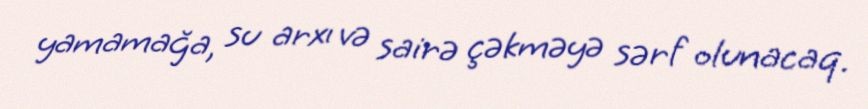
yamamağa, su arxı və sairə çəkməyə sərf olunacaq.